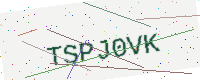
Text: TSPJ0VK